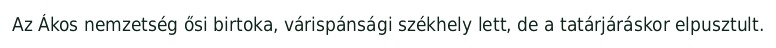
Az Ákos nemzetség ősi birtoka, várispánsági székhely lett, de a tatárjáráskor elpusztult.